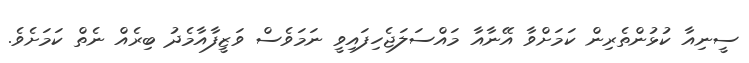
ސީނިއާ ކުޅުންތެރިން ކަމަށްވާ އޭނާއާ މައްސަލަޖެހިފައިވީ ނަމަވެސް ވަޒީފާއާމެދު ބިރެއް ނެތް ކަމަށެވެ.